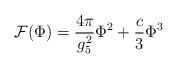
LaTeX: \begin{align*}{\cal F}(\Phi )=\frac{4\pi }{g_{5}^{2}}\Phi ^{2}+\frac{c}{3}\Phi ^{3}\end{align*}